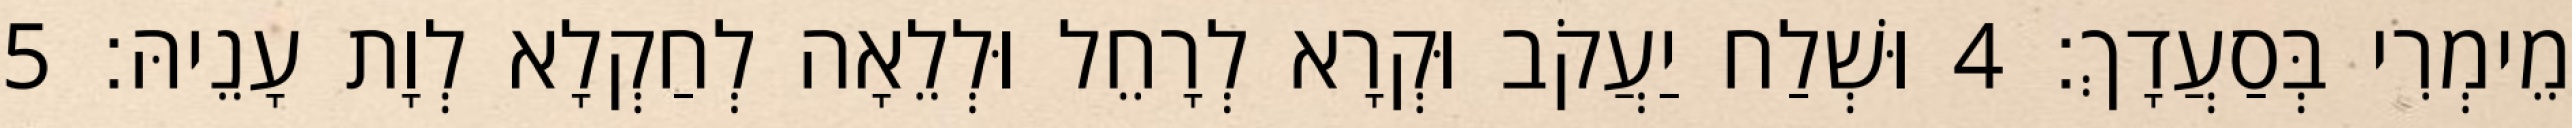
מֵימְרִי בְּסַעֲדָךְ׃ 4 וּשְׁלַח יַעֲקֹב וּקְרָא לְרָחֵל וּלְלֵאָה לְחַקְלָא לְוָת עָנֵיהּ׃ 5